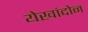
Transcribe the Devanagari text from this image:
येखांदोन